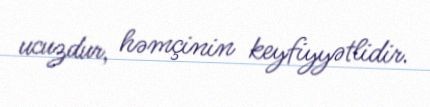
ucuzdur, həmçinin keyfiyyətlidir.